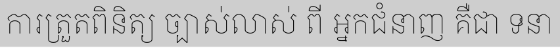
ការត្រួតពិនិត្យ ច្បាស់លាស់ ពី អ្នកជំនាញ គឺជា ទនា